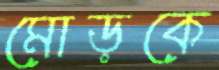
মোড়কে